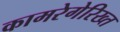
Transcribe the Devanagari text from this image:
कामरेगेरिख्त